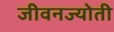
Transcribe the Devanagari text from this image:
जीवनज्योती